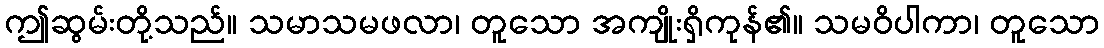
ဤဆွမ်းတို့သည်။ သမာသမဖလာ၊ တူသော အကျိုးရှိကုန်၏။ သမဝိပါကာ၊ တူသော